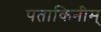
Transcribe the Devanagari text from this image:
पताकिनीम्